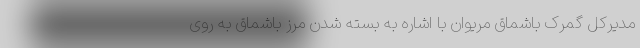
مدیرکل گمرک باشماق مریوان با اشاره به بسته شدن مرز باشماق به روی